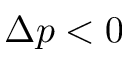
\Delta p < 0